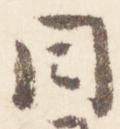
目